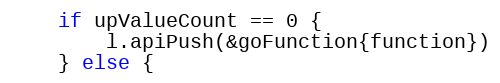
Language: Go
	if upValueCount == 0 {
		l.apiPush(&goFunction{function})
	} else {